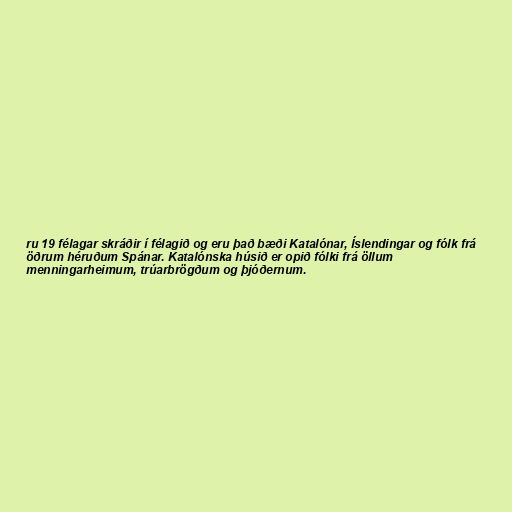
ru 19 félagar skráðir í félagið og eru það bæði Katalónar, Íslendingar og fólk frá
öðrum héruðum Spánar. Katalónska húsið er opið fólki frá öllum
menningarheimum, trúarbrögðum og þjóðernum.